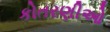
કોતરણીઓ